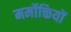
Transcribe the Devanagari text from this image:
मर्मोक्तियों